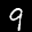
Label: 9